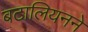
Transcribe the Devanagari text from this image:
बटालियनने